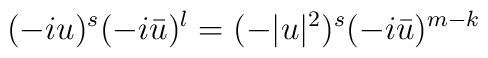
(-iu)^s (-i\bar{u})^l=(-|u|^2)^s (-i\bar{u})^{m-k}